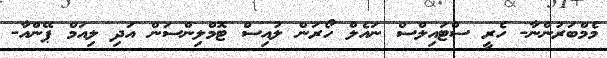
މެމްބަރުންނާ- ހެރީ ސްޓައިލްސް ނައެލް ހޯރަން ލުއިސް ޓޮމްލިންސަން އަދި ލިއަމް ޕޭންއާ-